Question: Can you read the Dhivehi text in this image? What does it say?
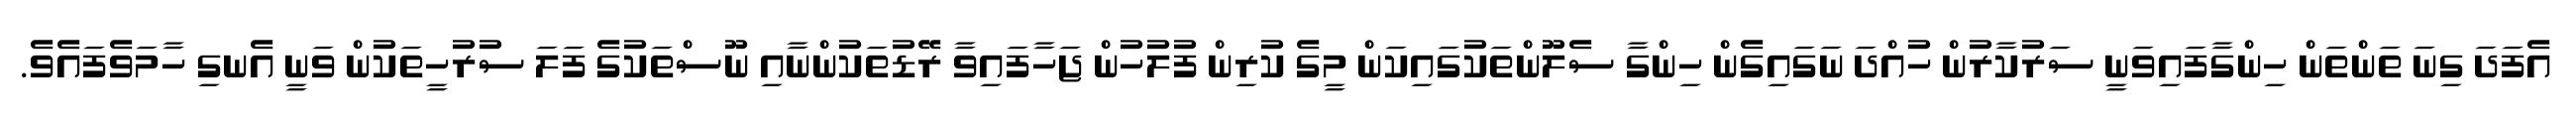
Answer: އެފަދަ ގިނަ ތަންތަން ހިންގާފައިވަނީ ސަރުކާރުން ހުއްދަ ނަގައިގެން ހިންގާ ސެލޫންތަކުގައިކަން މީގެ ކުރިން ފުލުހުން ޖަހާފައިވާ ރޭޑުތަކުންނާއި ނޫސްތަކުގެ ފަލަ ސުރުހީތަކުން ވަނީ އެނގި ހާމަވެފައެވެ.